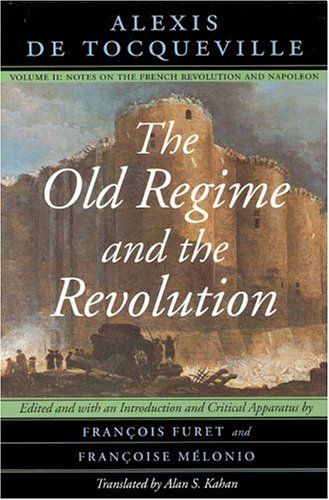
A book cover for The Old Regime and the Revolution, Volume II: Notes on the French Revolution and Napoleon; Alexis de Tocqueville; History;